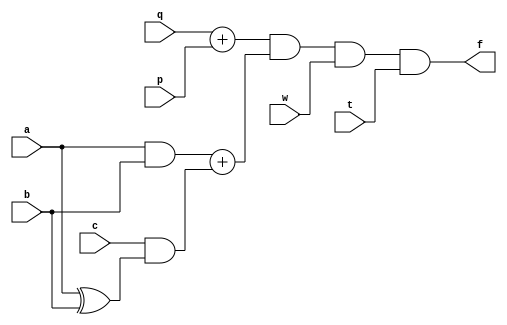
`timescale 1ns / 1ps
//////////////////////////////////////////////////////////////////////////////////
// Company: 
// Engineer: 
// 
// Design Name: 
// Module Name:    Enshu3 
// Project Name: 
// Target Devices: 
// Tool versions: 
// Description: 
//
// Dependencies: 
//
// Revision: 
// Revision 0.01 - File Created
// Additional Comments: 
//
//////////////////////////////////////////////////////////////////////////////////
module Enshu3(
    input a,
    input b,
    input c,
    input p,
    input q,
    input t,
    input w,
    output f
    );
	
	wire t1, t2;
	
	assign t1 = q + p;
	assign t2 = (a & b) + (c & (a ^ b));
	assign f = t1 & t2 & w & t;
	
endmodule